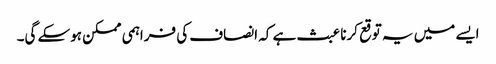
ایسے میں یہ توقع کرنا عبث ہے کہ انصاف کی فراہمی ممکن ہوسکے گی۔